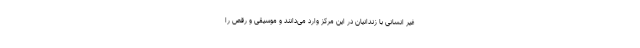
غیر انسانی با زندانیان در این مرکز وارد می‌دانند و موسیقی و رقص را